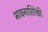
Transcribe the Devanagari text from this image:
भावनातिरेकी